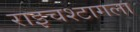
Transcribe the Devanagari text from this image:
राइचश्टागला